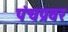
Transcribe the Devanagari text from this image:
पंचप्रवर